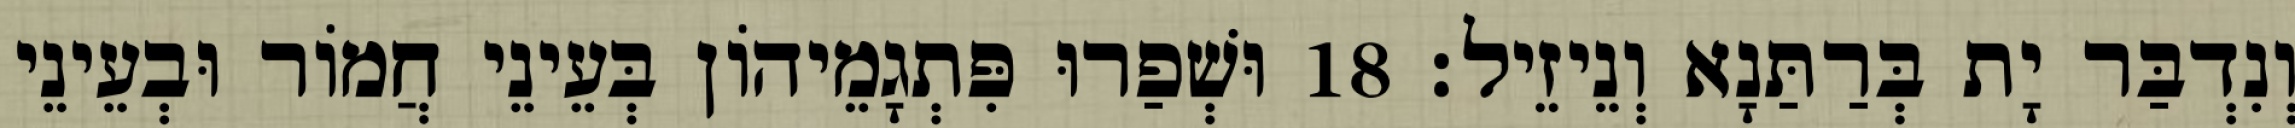
וְנִדְבַּר יָת בְּרַתַּנָא וְנֵיזֵיל׃ 18 וּשְׁפַרוּ פִּתְגָמֵיהוֹן בְּעֵינֵי חֲמוֹר וּבְעֵינֵי